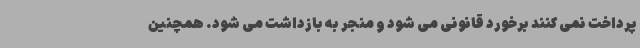
پرداخت نمی کنند برخورد قانونی می شود و منجر به بازداشت می شود. همچنین